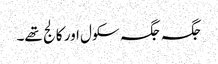
جگہ جگہ سکول اور کالج تھے۔